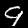
Label: 9